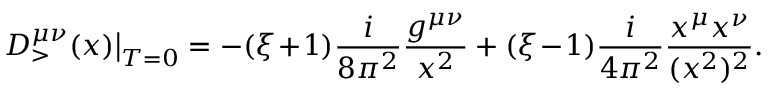
{ \cal D } _ { > } ^ { \mu \nu } ( x ) \big | _ { T = 0 } = - ( \xi \! + \! 1 ) { \frac { i } { 8 \pi ^ { 2 } } } { \frac { g ^ { \mu \nu } } { x ^ { 2 } } } + ( \xi \! - \! 1 ) { \frac { i } { 4 \pi ^ { 2 } } } { \frac { x ^ { \mu } x ^ { \nu } } { ( x ^ { 2 } ) ^ { 2 } } } .